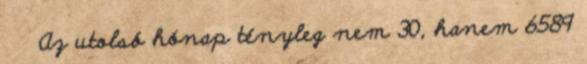
Az utolsó hónap tényleg nem 30, hanem 6589